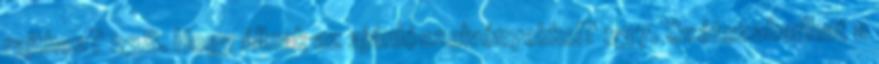
rajthoz? 238. Hogy állnak az ajánlószelvényekkel? 237. Szétszakadhat a